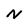
Character: N